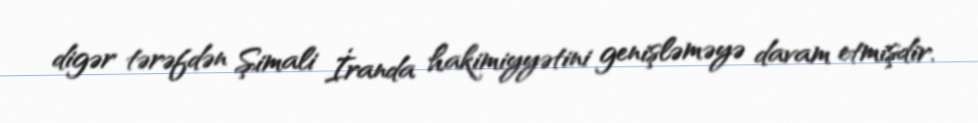
digər tərəfdən Şimali İranda hakimiyyətini genişləməyə davam etmişdir.